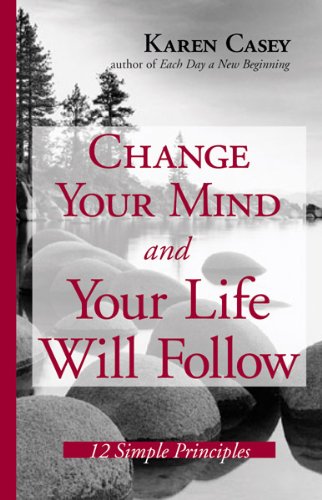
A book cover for Change Your Mind And Your Life Will Follow: 12 Simple Principles; Karen Casey; Health, Fitness & Dieting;